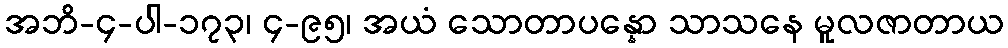
အဘိ-၄-ပါ-၁၇၃၊ ၄-၉၅၊ အယံ သောတာပန္နော သာသနေ မူလဇာတာယ